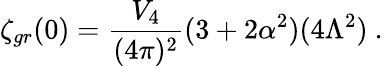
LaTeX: \zeta_{gr}(0)=\frac{V_{4}}{(4\pi)^{2}}(3+2\alpha^{2})(4\Lambda^{2})\ .